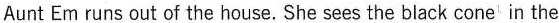
Aunt Em runs out of the house. She sees the black cone' in the